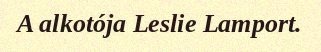
A alkotója Leslie Lamport.